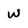
Character: W